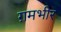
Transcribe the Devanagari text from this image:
ग़मभीर